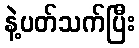
နဲ့ပတ်သက်ပြီး